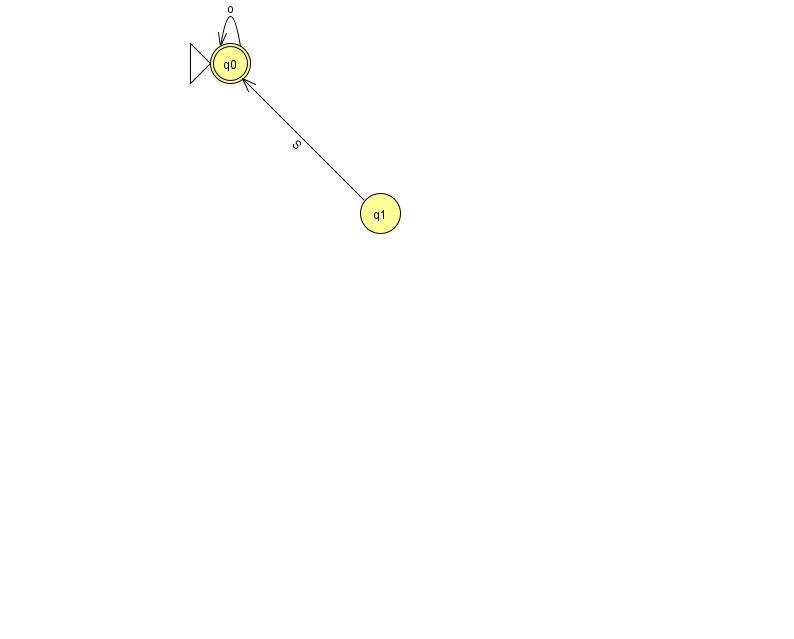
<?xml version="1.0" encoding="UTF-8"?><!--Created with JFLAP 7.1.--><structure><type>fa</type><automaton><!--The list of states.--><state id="0" name="q0"><x>230.0</x><y>50.0</y><initial/><final/></state><state id="1" name="q1"><x>380.0</x><y>200.0</y></state><!--The list of transitions.--><transition><from>1</from><to>0</to><read>S</read></transition><transition><from>0</from><to>0</to><read>o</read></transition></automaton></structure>